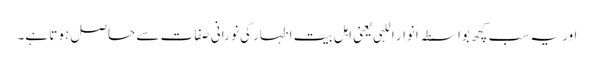
اور یہ سب کچھ بواسطہ انوار اللہی یعنی اہل بیت اطہار کی نورانی صفات سے حاصل ہوتا ہے۔